Calcutta medical institutions reports 1871-78
Year: 1871
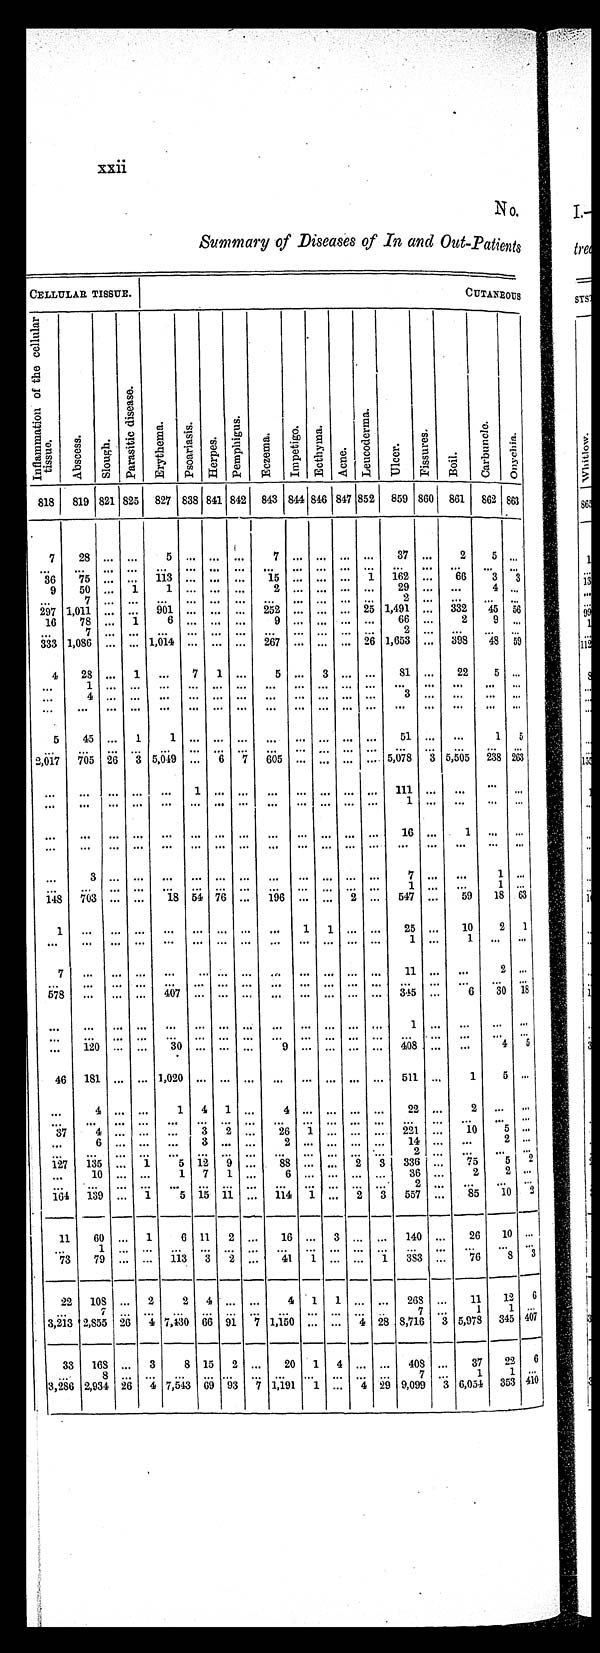
xxii
NO.
Summary of Diseases of In and Out-Patients
CELLULAR TISSUE.
CUTANEOUS
I n f l a m m a t i o n o f t h e c e l l u l a r
t i s s ue.
Abs c e s s . S l o u g h .
P a r a s i t i c d i s e a s e s .
E r y t h e ma . P s o a r i a s i s .
He r p e s .
P e m p h i g u s .
Ec z e ma . I m p e t i g o . E c t h y ma .
Acne.
L e u c o d e r m a .
Ul cer .
F i s s u r e s .
Boi l .
Ca r b u n c l e .
On y c h i a .
818 819 821 825 827 838 841 842 843 844 846 847 852 859 860 861 862
8 6 3
7 28 ...
. . .
5 . . . . . . . . .
7
. . . . . . . . .
. . .
3 7 . . .
2
5
. . .
. . .
. . . . . . . . .
. . . . . . . . . . . .
. . . . . . . . . . . .
. . .
. . . . . .
. . . . . .
. . .
36 75
. . . ... 113 ... ... ... 15 ... ... ... 1 162 ... 66
3 3
9 50 ... 1
1 ... ... ...
2 ... ...
. . . ... 29 ... ...
4 ...
. . .
7
. . . . . .
. . . . . . . . . . . .
. . . . . . . . . . . .
. . .
2 . . .
. . . . . .
. . .
2 9 7 1,011 ...
. . . 901 ... ...
. . . 252 ... ...
. . . 25 1,491 ... 332 45 56
16 78 ... 1
6
. . . . . . . . .
9
. . . . . . . . .
. . .
6 6 . . .
2
9
. . .
. . .
7
. . . . . .
. . . . . . . . . . . .
. . . . . . . . . . . .
. . .
2 . . .
. . . . . .
. . .
333 1,086 ... ... 1,014 . . . . . . . . . 267
. . . . . . . . . 26 1,653 ... 398 48 59
4 28 ... 1 ... 7 1 ...
5 ... 3 ... ... 81 ... 22
5 ...
. . . 1
. . . . . .
. . . . . . . . . . . .
. . . . . . . . . . . .
. . .
. . . . . .
. . . . . .
. . .
...
4
. . . . . .
. . . . . . . . . . . .
. . . . . . . . . . . .
. . .
3 . . .
. . . . . .
. . .
... ... ... ... ... ... ... ... ... ... ... ...
. . .
. . . . . .
. . . . . .
. . .
5
4 5 . . . 1
1 . . . . . . . . .
. . . . . . . . . . . .
. . .
5 1 . . .
. . . 1 5
. . .
. . . . . . . . .
. . . . . . . . . . . .
. . . . . . . . . . . .
. . .
. . . . . .
. . . . . .
. . .
2,017 705 26 3 5,049 ... 6 7 605 ...
. . . ...
. . . 5,078 3 5,505 238 263
. . .
. . .
. . . . . .
. . . 1 . . . . . .
. . . . . . . . . . . .
. . .
1 1 1 . . .
. . . . . .
. . .
. . .
. . . . . . . . .
. . . . . . . . . . . .
. . . . . . . . . . . .
. . .
1 . . .
. . . . . .
. . .
... ... ... ... ... ... ... ... ... ... ... ... ...
1 6 . . .
1
. . .
. . .
... ... ... ... ... ... ... ... ... ... ... ... ... ... ... ... ... ...
. . .
3
. . . . . .
. . . . . . . . . . . .
. . . . . . . . . . . .
. . .
7 . . .
. . . 1 . . .
. . .
. . . . . . . . .
. . . . . . . . . . . .
. . . . . . . . . . . .
. . .
1 . . .
. . . 1 . . .
148 703 . . . . . . 18 54 76 ... 196 ... . . . 2 . . . 547 ... 59 18 63
1
. . . . . . . . .
. . . . . . . . . . . . ... 1 1 ...
. . . 25 ... 10
2 1
. . .
. . . . . . . . .
. . . . . . . . . . . .
. . .
. . . . . . . . . . . .
1 . . .
1
. . .
. . .
7
. . . . . . . . .
. . . . . . . . .
. . .
. . . . . . . . . . . . . . . 11
. . .
. . .
2
. . .
. . .
. . . . . . . . .
. . . . . . . . . . . .
. . . . . . . . . . . .
. . .
. . . . . .
. . . . . .
. . .
5 7 8
. . . . . . . . .
4 0 7 . . . . . . . . .
. . . . . . . . . . . .
. . .
3 4 5 . . .
6
3 0
1 8
. . .
. . . . . . . . .
. . . . . . . . . . . .
. . . . . . . . . . . .
. . .
1 . . .
. . . . . .
. . .
. . .
. . . . . . . . .
. . . . . . . . . . . .
. . . . . . . . . . . .
. . .
. . . . . .
. . . . . .
. . .
. . . 120 . . . . . . 30 . . . . . . . . .
9 . . .
. . . . . .
. . . 408 . . .
. . . 4 5
46 181 . . . . . . 1,020 . . . . . . . . .
. . . . . . . . . . . . . . . 511 ...
1
5
. . .
. . .
4 . . .
. . .
1 4 1
. . .
4 . . .
. . . . . .
. . . 22
. . .
2 . . .
. . .
. . .
. . . . . . . . .
. . . . . . . . . . . .
. . . . . . . . . . . .
. . .
. . . . . .
. . . . . .
. . .
3 7
4
. . . . . .
. . . 3 2 . . .
2 6 1 . . . . . .
. . .
2 2 1 . . .
1 0 5
. . .
...
6
. . . . . .
. . . 3 . . . . . .
2
. . . . . . . . .
. . .
1 4 . . .
. . . 2 ...
. . .
. . . . . . . . .
. . . . . . . . . . . .
. . . . . . . . . . . .
. . .
2 . . .
. . . . . .
. . .
127 135 ... 1
5 1 2 9
. . .
8 8 . . .
... 2 3 336 . . . 75 5 2
. . .
1 0 . . .
. . . 1
7 1
. . .
6 . . .
. . . . . .
. . . 36 . . .
22
...
. . .
. . . . . . . . .
. . . . . . . . . . . .
. . . . . . . . . . . .
. . . 2 . . .
. . . . . .
. . .
164
1 3 9 . . . 1 5
1 5 1 1 . . .
114 1 . . . 2
3 557 . . . 85 1 0
2
1 1 6 0
. . . 1 6
11
2 ...
1 6 . . .
3
. . . ... 140 . . .
2 6 1 0
. . .
. . .
1
. . . . . .
. . . . . . . . . . . .
. . . . . . . . . . . .
. . .
. . . . . .
. . . . . . . . .
7 3 7 9
. . . . . . 113 3 2
. . .
41 1 . . .
. . .
1 383 ... 76 8
3
2 2 1 0 8
. . . 2 2
4
. . . . . . 4
1 1
. . .
. . . 268 . . .
1 1 1 2
6
. . .
7 . . . . . . . . .
. . . . . . . . .
. . . . . .
. . . . . .
. . .
7 . . . 1
1
. . .
3,213 2,855 2 6 4
7,430 6 6 9 1 1
1,150 . . . . . . 4
28 8,716 3 5,978
3 4 5 4 0 7
3 3 1 6 8
. . . 3 8
1 5 2 . . . 2 0
1 4
. . .
. . .
408 . . .
3 7 2 2
6
. . .
8 . . .
. . .
. . . . . . . . . . . .
. . . . . . . . . . . .
. . .
7 . . . 1 1
. . .
3,286 2,934 2 6
4
7,543 6 9
93 7 1,191 1
. . . 4 2 9
9,099 3 6,054
3 5 3
4 1 0